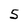
Character: 5